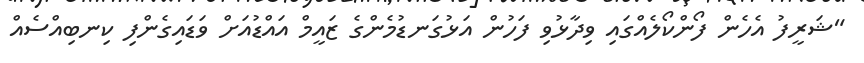
"ޝަރީފު އެހެން ފޯންކޯލެއްގައި ވިދާޅުވި ފަހުން އަޅުގަނޑުމެންގެ ޒައީމް އައްޑުއަށް ވަޑައިގެންފި ކިނބިއްސެއް